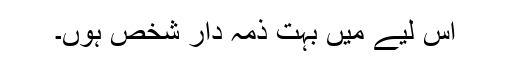
اس لیے میں بہت ذمہ دار شخص ہوں۔